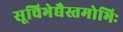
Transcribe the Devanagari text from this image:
सूचिभेद्यैस्तमोभिः